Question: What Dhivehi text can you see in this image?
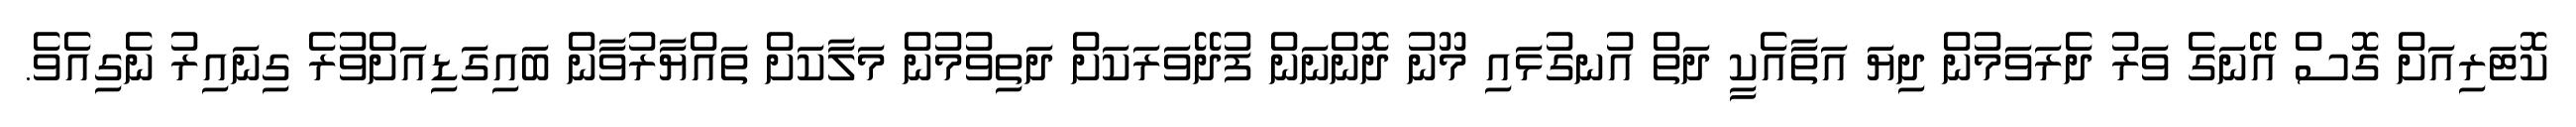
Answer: ކޮޓަރިއަށް ގޮސް އޭނަގެ ވަރު ދެރަވަމުން ދިޔަ އަތާއެކީ ދަތް އުނގުޅައި މޫނު ދޮންނަން ފުދޭވަރަކަށް ދަތިވުމުން މަލާކަށް ތައްޔާރުވާން ބައިގަޑިއަށްވުރެ ގިނައިރު ނެގިއެވެ.